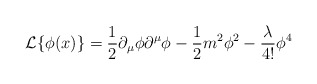
\begin{align*}{\cal L}\{\phi(x)\}=\frac{1}{2}\partial_{\mu}\phi\partial^{\mu}\phi-\frac{1}{2}m^2\phi^2-\frac{\lambda}{4!}\phi^4\end{align*}